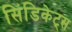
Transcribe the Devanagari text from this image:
सिंडिकेट्स